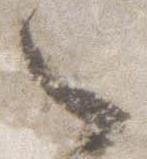
々